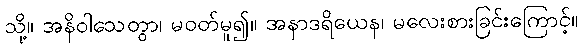
သို့။ အနိဝါသေတွာ၊ မဝတ်မူ၍။ အနာဒရိယေန၊ မလေးစားခြင်းကြောင့်။